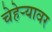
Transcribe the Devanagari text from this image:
चेहेऱ्यावर